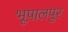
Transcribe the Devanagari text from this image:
भूपालपुर